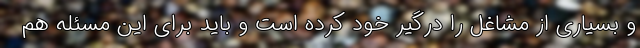
و بسیاری از مشاغل را درگیر خود کرده است و باید برای این مسئله هم